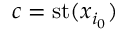
c = \mathrm { s t } ( x _ { i _ { 0 } } )